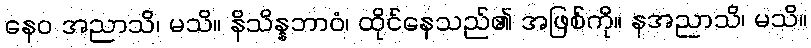
နေဝ အညာသိ၊ မသိ။ နိသိန္နဘာဝံ၊ ထိုင်နေသည်၏ အဖြစ်ကို။ နအညာသိ၊ မသိ။